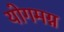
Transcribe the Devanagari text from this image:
योगमग्न